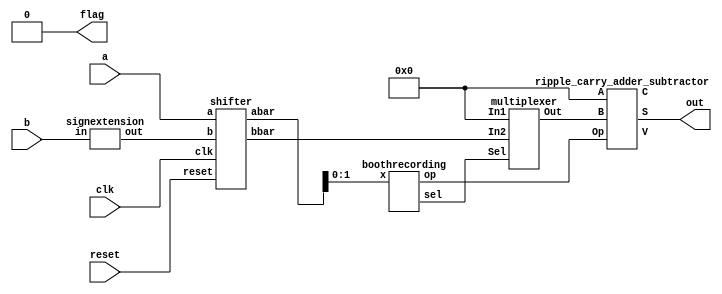

module booth_radix2 (a,b,clk,reset,out,flag);
parameter N=16;
input [N-1:0] a;
input [N-1:0] b;
output [2*N-1:0] out;
output reg flag=0;
input clk,reset;
wire [N:0] abar;
wire [2*N-1:0] bbar;
wire [2*N-1:0] mux_out;
wire [2*N-1:0] extend;
wire sel;
wire carry,overflow;
reg [2*N-1:0] temp=1'd0;
reg temp1=1;

signextension signextend(b,extend);
shifter boothshifter(a,extend,clk,reset,abar,bbar);
multiplexer mux(32'b0,bbar,mux_out,sel);
boothrecording boothrecord(abar[1:0],sel,op);
ripple_carry_adder_subtractor rcas(out,carry,overflow,temp,mux_out,op);


always @(posedge clk)
begin
	if (reset==0)
	begin
		temp=1'd0;
		temp1=0;
		flag<=0;
	end
	else if (temp1==1)
	begin
		temp=1'd0;
		temp1=0;
		flag<=0;
	end
	else
	begin
		temp=out;
		if ((abar==17'b00000000000000000)||(abar==17'b11111111111111111))
			flag <=1;
	end 
end

always @(a,b)
begin
	temp=1'd0;
	temp1=1;
end


endmodule




module ripple_carry_adder_subtractor(S, C, V, A, B, Op);
   parameter N=16;
   output [(2*N-1):0] S;
   output 	C;
   output 	V;
   input [(2*N-1):0] A;
   input [(2*N-1):0] B;
   input 	Op;  // The operation: 0 => Add, 1=>Subtract.
   genvar i;

   wire [(2*N):0] temp_c;
   wire [(2*N-1):0] temp_xor;
   wire [(2*N-1):0] temp_op;

   assign temp_c[0]=Op;
   assign temp_op={{(2*N-1){Op}},Op};
   assign temp_xor=B^temp_op;
   assign C=temp_c[(2*N)]^Op;
   assign V=temp_c[(2*N)]^temp_c[(2*N-1)];
 
   generate
		for(i = 0; i <= (2*N-1); i = i + 1)
		begin
			full_adder u_full_adder_inst (S[i], temp_c[i+1], A[i], temp_xor[i], temp_c[i]);
		end
   endgenerate

endmodule // ripple_carry_adder_subtractor


module full_adder(S, Cout, A, B, Cin);
   output S;
   output Cout;
   input  A;
   input  B;
   input  Cin;

   assign S=A^B^Cin;
   assign Cout= (A & B) | ((A | B) & Cin);

endmodule

module multiplexer (In1,In2,Out,Sel);
	parameter N=16;
	input [2*N-1:0] In1;
	input [2*N-1:0] In2;
	input Sel;
	output [2*N-1:0] Out;
	assign Out=Sel?In2:In1;
endmodule



module boothrecording(x,sel,op);
input [1:0] x;
output reg sel,op;

always@(x) begin
	if (x==2'b01) begin
		sel<=1'b1;
		op<=1'b0;
	end
	else if (x==2'b10) begin
		sel<=1'b1;
		op<=1'b1;
	end
	else begin
		sel<=1'b0;
		op<=1'b0;
	end
end
endmodule



module shifter (a,b,clk,reset,abar,bbar);
parameter N=16;
input [N-1:0] a;
input [2*N-1:0] b;
input clk,reset;
output reg signed [N:0] abar;
output reg signed [2*N-1:0] bbar;
reg temp1=1;

always@(posedge clk)
begin
	if (reset==0)
	begin
		abar=a<<1'd1;
		bbar=b;
		temp1=0;
	end	
	else if (temp1==1)
	begin 
		abar=a<<1'd1;
		bbar=b;
		temp1=0;
	end
	else
	begin
		abar=abar>>>1;
		bbar=bbar<<1;
	end
end

always@(a,b)
begin
	temp1=1;
end

endmodule

module signextension (in,out);
parameter N=16;
input [N-1:0] in;
output [2*N-1:0] out;
assign out = {{(N){in[N-1]}},in};
endmodule